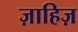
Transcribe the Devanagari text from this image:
ज़ाहिज़